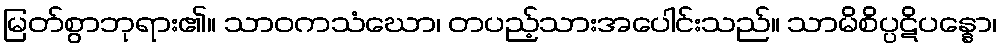
မြတ်စွာဘုရား၏။ သာဝကသံဃော၊ တပည့်သားအပေါင်းသည်။ သာမိစိပ္ပဋိပန္နော၊